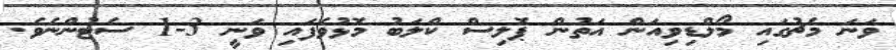
ވަނަ މެޗުގައި މޯލްޑިވިއަން އަތުން ޕޮލިސް ކްލަބު މޮޅުވެފައި ވަނީ 3-1 ސެޓުންނެވެ.